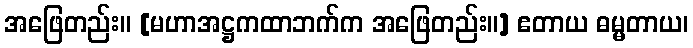
အဖြေတည်း။ [မဟာအဋ္ဌကထာဘက်က အဖြေတည်း။] ဧတာယ ဓမ္မတာယ၊